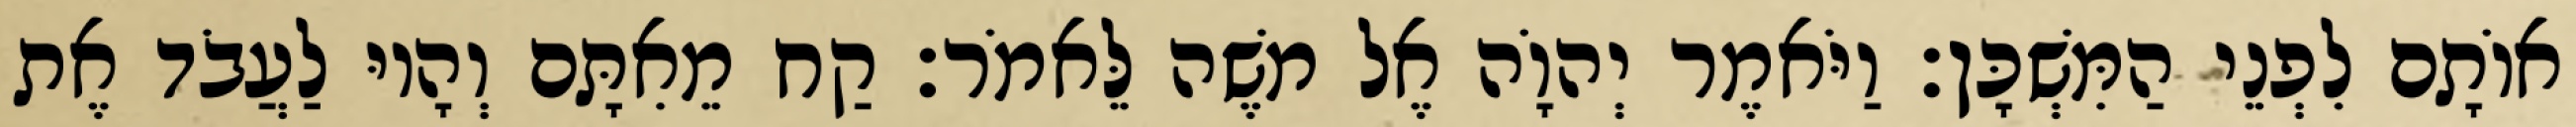
אוֹתָם לִפְנֵי הַמִּשְׁכָּן׃ וַיֹּאמֶר יְהוָֹה אֶל משֶׁה לֵּאמֹר׃ קַח מֵאִתָּם וְהָיוּ לַעֲבֹד אֶת